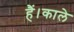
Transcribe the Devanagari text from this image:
हैं।काले